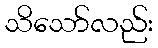
သိသော်လည်း